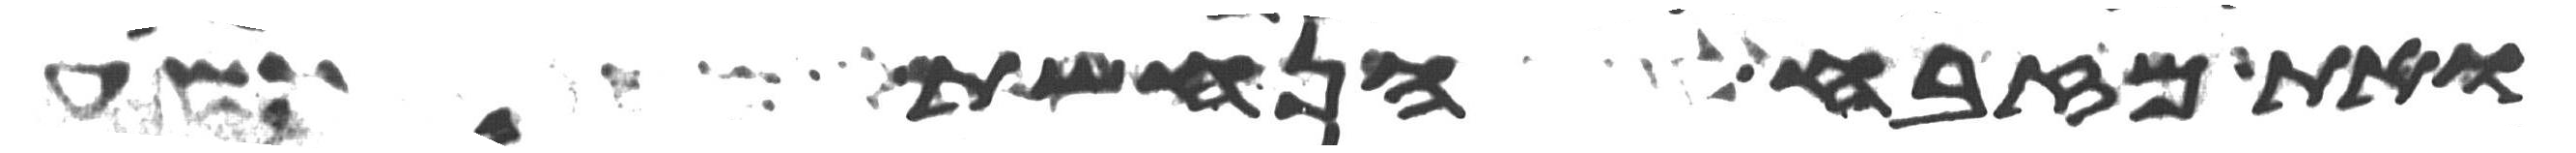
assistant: ואת מזבח הנחשת